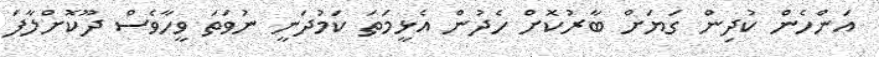
އަންހެން ކުދިން ގަޔަށް ބާރުކޮށް ހެދުން އެޅީމަތަ ކަމުދަނީ ނުވަތަ ވީހާވެސް ދޫކޮށްލާފަ